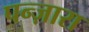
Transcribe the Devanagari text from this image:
पन्ज़ारा